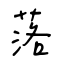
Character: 落